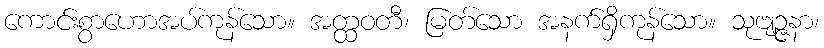
ကောင်းစွာဟောအပ်ကုန်သော။ အတ္ထဝတီ၊ မြတ်သော အနက်ရှိကုန်သော။ သုဗျဉ္ဇနာ၊